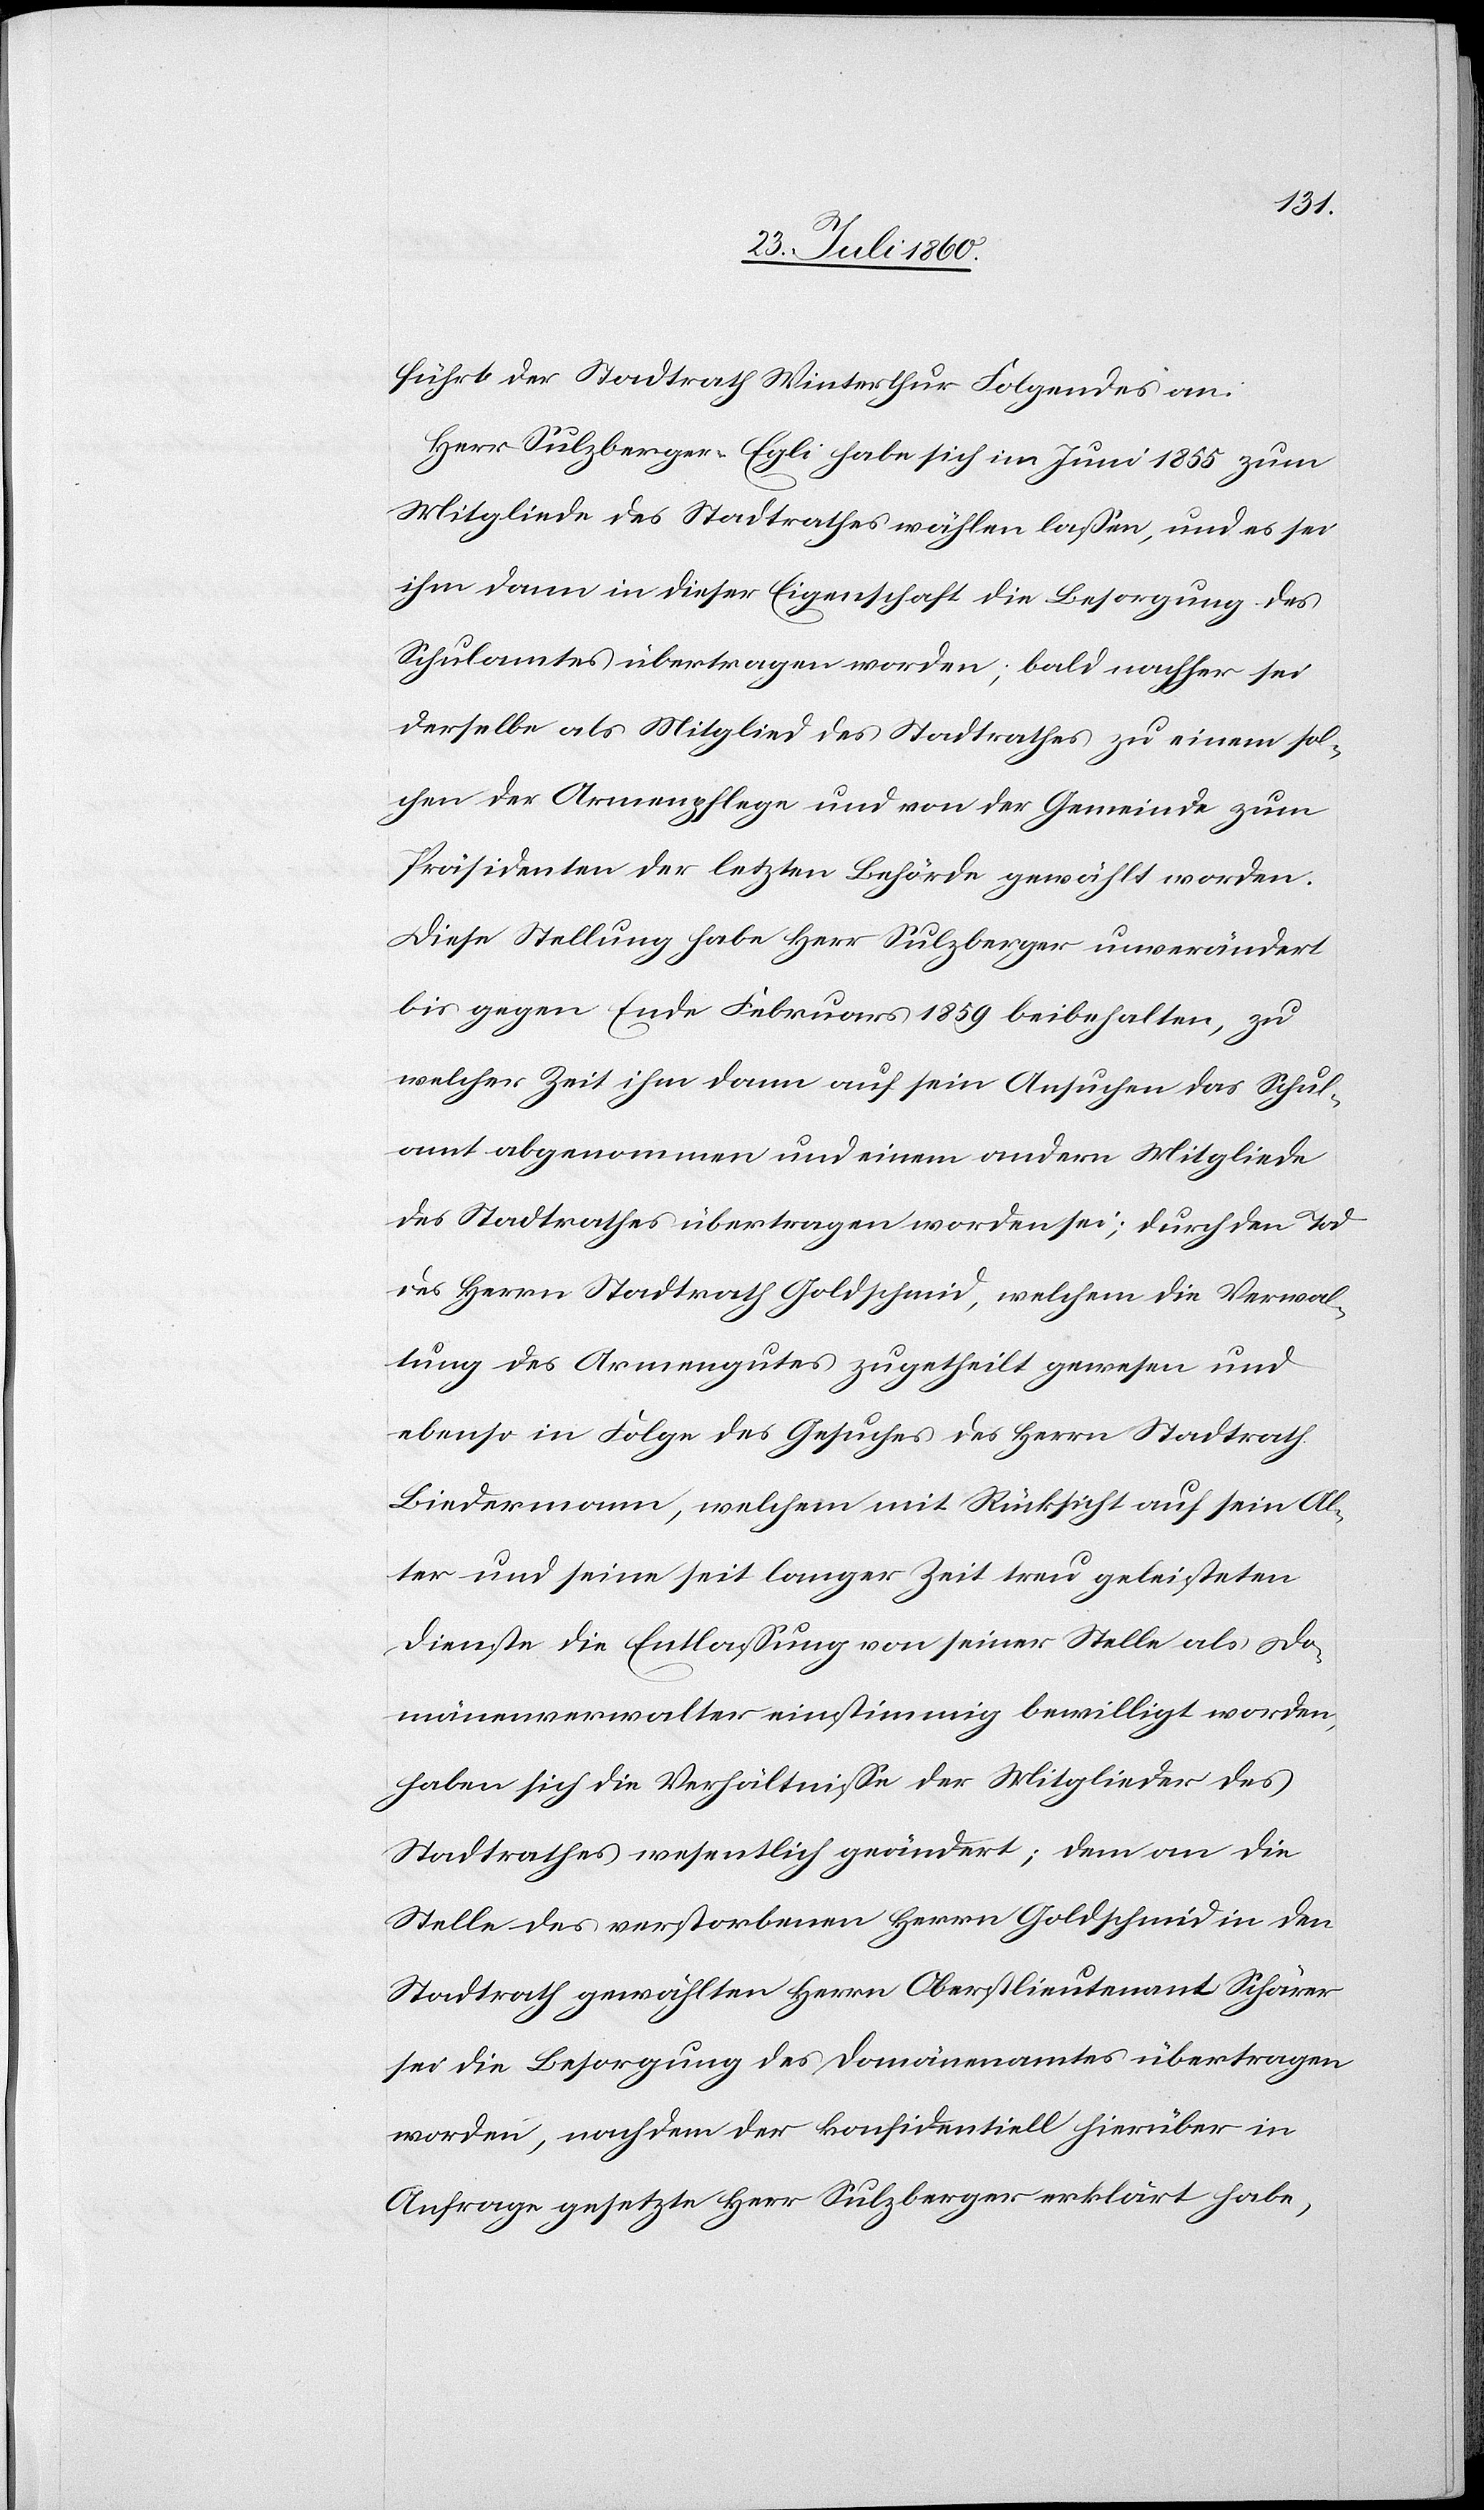
führt der Stadtrath Winterthur Folgendes an:
Herr Sulzberger-Egli habe sich im Juni 1855 zum
Mitgliede des Stadtrathes wählen lassen, und es sei
ihm dann in dieser Eigenschaft die Besorgung des
Schulamtes übertragen worden; bald nachher sei
derselbe als Mitglied des Stadtrathes zu einem sol¬
chen der Armenpflege und von der Gemeinde zum
Präsidenten der letzten Behörde gewählt worden.
Diese Stellung habe Herr Sulzberger unverändert
bis gegen Ende Februar 1859 beibehalten, zu
welcher Zeit ihm dann auf sein Ansuchen das Schul¬
amt abgenommen und einem andern Mitgliede
des Stadtrathes übertragen worden sei; durch den Tod
des Herrn Stadtrath Goldschmid, welchem die Verwal¬
tung des Armengutes zugetheilt gewesen und
ebenso in Folge des Gesuches des Herrn Stadtrath
Biedermann, welchem mit Rücksicht auf sein Al¬
ter und seine seit langer Zeit treu geleisteten
Dienste die Entlassung von seiner Stelle als Do¬
mainenverwalter einstimmig bewilligt worden,
haben sich die Verhältnisse der Mitglieder des
Stadtrathes wesentlich geändert; dem an die
Stelle des verstorbenen Herrn Goldschmid in den
Stadtrath gewählten Herrn Oberstlieutenant Schärer
sei die Besorgung des Domainenamtes übertragen
worden, nachdem der confidentiell hierüber in
Anfrage gesetzte Herr Sulzberger erklärt habe,